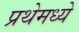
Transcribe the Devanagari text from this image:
प्रथेमध्ये